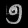
Digit: ၅